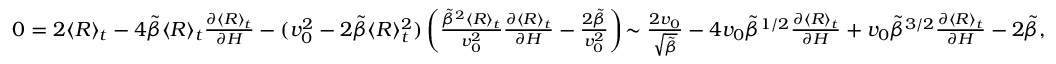
\begin{array} { r } { 0 = 2 \langle R \rangle _ { t } - 4 \tilde { \beta } \langle R \rangle _ { t } \frac { \partial \langle R \rangle _ { t } } { \partial H } - ( v _ { 0 } ^ { 2 } - 2 \tilde { \beta } \langle R \rangle _ { t } ^ { 2 } ) \left( \frac { \tilde { \beta } ^ { 2 } \langle R \rangle _ { t } } { v _ { 0 } ^ { 2 } } \frac { \partial \langle R \rangle _ { t } } { \partial H } - \frac { 2 \tilde { \beta } } { v _ { 0 } ^ { 2 } } \right) \! \sim \frac { 2 v _ { 0 } } { \sqrt { \tilde { \beta } } } - 4 v _ { 0 } \tilde { \beta } ^ { 1 / 2 } \frac { \partial \langle R \rangle _ { t } } { \partial H } + v _ { 0 } \tilde { \beta } ^ { 3 / 2 } \frac { \partial \langle R \rangle _ { t } } { \partial H } - 2 \tilde { \beta } , } \end{array}